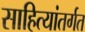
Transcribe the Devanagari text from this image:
साहित्यांतर्गत